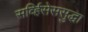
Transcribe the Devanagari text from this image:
सर्व्हिसेससुद्धा